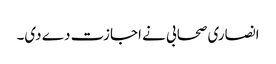
انصاری صحابی نے اجازت دے دی۔